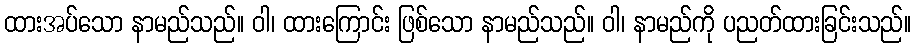
ထားအပ်သော နာမည်သည်။ ဝါ၊ ထားကြောင်း ဖြစ်သော နာမည်သည်။ ဝါ၊ နာမည်ကို ပညတ်ထားခြင်းသည်။